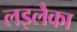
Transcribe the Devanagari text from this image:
लइलैका